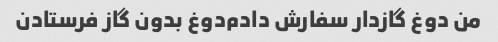
من دوغ گازدار سفارش دادم‌دوغ بدون گاز فرستادن‌